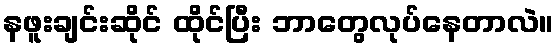
နဖူးချင်းဆိုင် ထိုင်ပြီး ဘာတွေလုပ်နေတာလဲ။